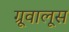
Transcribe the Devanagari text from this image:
ग्रूवालूस